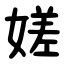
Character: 嫅